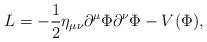
LaTeX: \begin{align*}L=-\frac{1}{2} \eta_{\mu\nu}\partial^{\mu}\Phi\partial^{\nu}\Phi - V(\Phi),\end{align*}